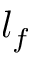
l _ { f }